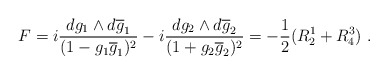
\begin{align*}F= i \frac {dg_{1} \wedge d\overline{g}_{1}}{(1- g_{1}\overline{g}_{1})^{2}}- i \frac {dg_{2} \wedge d\overline{g}_{2}}{(1+ g_{2}\overline{g}_{2})^{2}}= - \frac{1}{2}(R^{1}_{2} +R^{3}_{4})~.\end{align*}